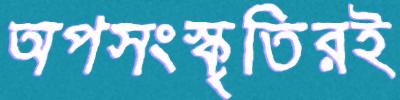
অপসংস্কৃতিরই